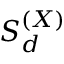
{ \cal S } _ { d } ^ { ( X ) }